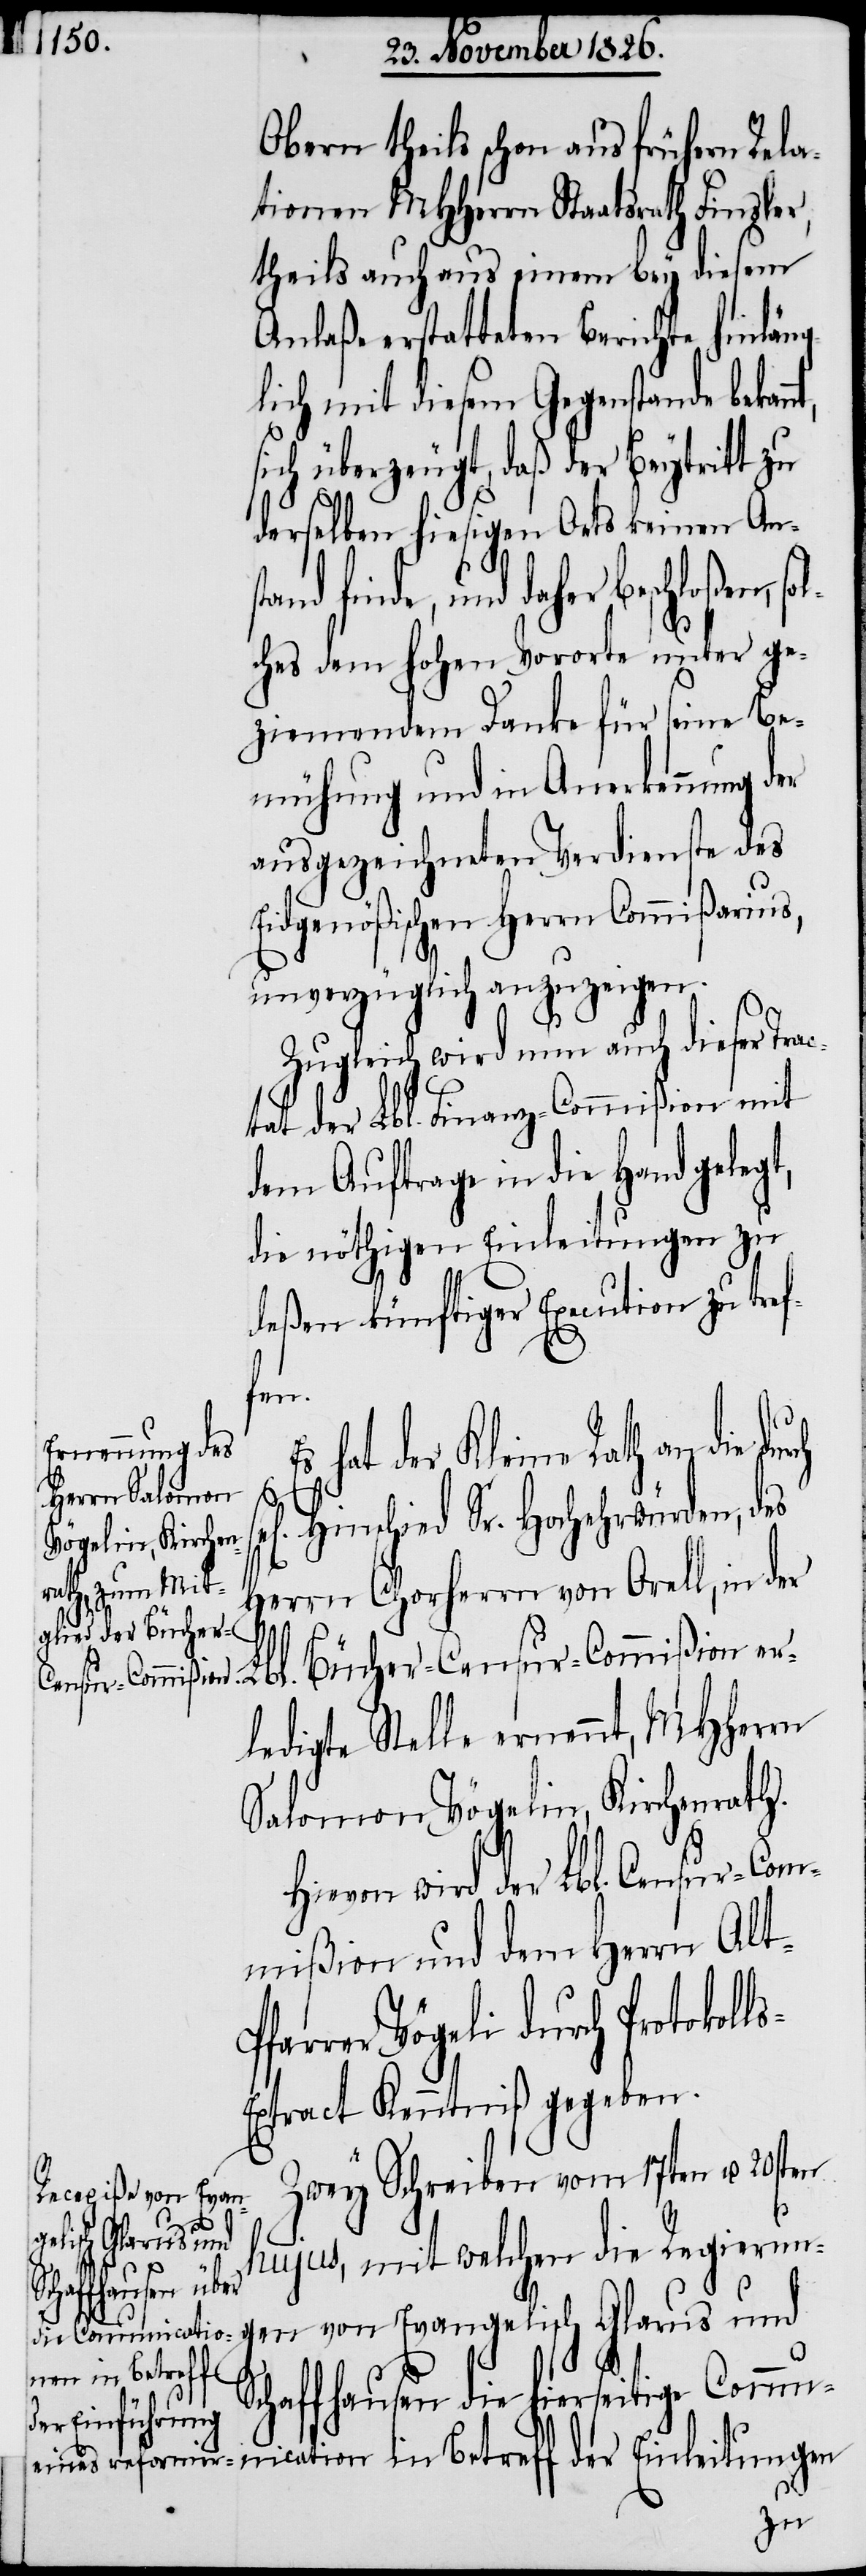
Obern theils schon aus frühern Rela¬
tionen MHHerrn Staatsrath Finsler,
theils auch aus einem bey diesem
Anlaße erstatteten Berichte hinläng¬
lich mit diesem Gegenstande bekan¬
sich überzeugt, daß der Beytritt zu
derselben hiesigen Orts keinen Ans¬
finde, und daher beschloßen,
ches dem hohen Vororte unter ge¬
ziemendem Danke für seine Be¬
mühung und in Anerkennung der
ausgezeichneten Verdienste des
Eidgenößischen Herrn Commißarius,
unverzüglich anzuzeigen.
Zugleich wird nun auch dieser Tra¬
ctat der Lbl. Finanz-Commißion mit
dem Auftrage in die Hand geleg¬
die nöthigen Einleitungen zu
deßen künftiger Execution zu tref¬
fen.
hat der Kleine Rath an die du¬
s-E¬
Hinschied Sr. Hochwürden, des
Herrn Chorherrn von Orell, in der
ledigte Stelle ernennt, MHHerrn
Salomon Vögelin, Kirchenrath.
Hievon wird der Lbl. Censur-Co¬
mmißion und dem Herrn Alt-P¬
rer Vögelin durch Protokoll¬
xtract Kenntniß gegeben.
Zwey Schreiben vom 17ten u. 20sten
gen von Evang¬
elisch Glarus und
hujus, mit welchen die Regierun¬
Schaffhausen die hierseitige Commu¬
nication in Betreff der Einleitungen